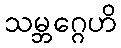
သမ္ဘဂ္ဂေဟိ